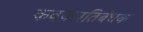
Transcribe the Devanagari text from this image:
कवकप्रतिबंधक